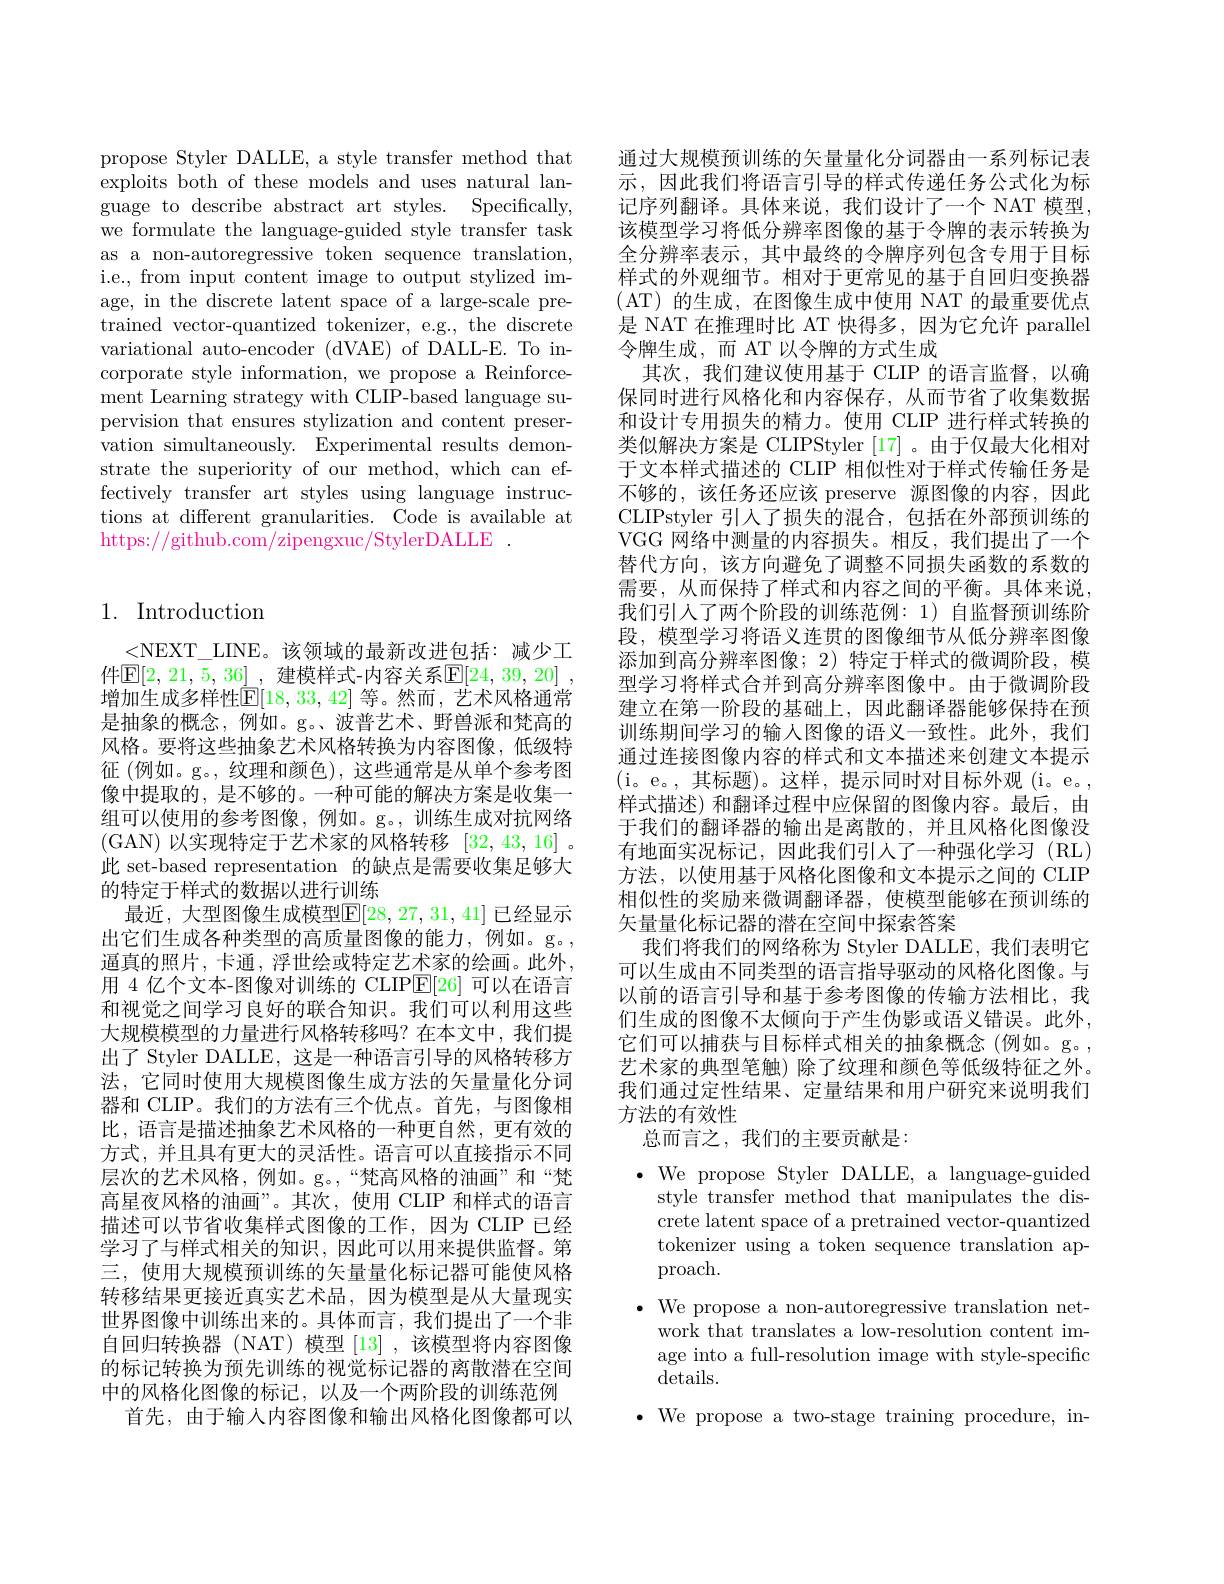
propose Styler DALLE, a style transfer method that exploits both of these models and uses natural language to describe abstract art styles. Specifically, we formulate the language-guided style transfer task as a non-autoregressive token sequence translation, i.e., from input content image to output stylized image, in the discrete latent space of a large-scale pretrained vector-quantized tokenizer, e.g., the discrete variational auto-encoder (dVAE) of DALL-E. To incorporate style information, we propose a Reinforcement Learning strategy with CLIP-based language supervision that ensures stylization and content preservation simultaneously. Experimental results demonstrate the superiority of our method, which can effectively transfer art styles using language instructions at different granularities. Code is available at https://github.com/zipengxuc/StylerDALLE

## 1. Introduction

<NEXT\_LINE。该领域的最新改进包括：减少工件$\mathbb{E}[2,21,5,36]$ ,建模样式-内容关系$\mathbb{E}[24,39,20]$ , 增加生成多样性$\mathbb{E}[18,33,42]$ 等。然而，艺术风格通常是抽象的概念，例如。g。、波普艺术、野兽派和梵高的风格。要将这些抽象艺术风格转换为内容图像，低级特征 (例如。g。, 纹理和颜色), 这些通常是从单个参考图像中提取的，是不够的。一种可能的解决方案是收集一组可以使用的参考图像，例如。g。,训练生成对抗网络(GAN)以实现特定于艺术家的风格转移[32,43,16]。此 set-based representation 的缺点是需要收集足够大的特定于样式的数据以进行训练
最近，大型图像生成模型$\mathbb{E}[28,27,31,41]$ 已经显示出它们生成各种类型的高质量图像的能力，例如。g。, 通真的照片，卡通，浮世绘或特定艺术家的绘画。此外， 用 4 亿个文本-图像对训练的 CLIP$\boxed{\mathrm{E}}[26]$可以在语言和视觉之间学习良好的联合知识。我们可以利用这些大规模模型的力量进行风格转移吗？在本文中，我们提出了 Styler DALLE, 这是一种语言引导的风格转移方法，它同时使用大规模图像生成方法的矢量量化分词器和 CLIP。我们的方法有三个优点。首先，与图像相比，语言是描述抽象艺术风格的一种更自然，更有效的方式，并且具有更大的灵活性。语言可以直接指示不同层次的艺术风格，例如。g。,“梵高风格的油画”和“梵高星夜风格的油画”。其次，使用 CLIP 和样式的语言描述可以节省收集样式图像的工作，因为 CLIP 已经学习了与样式相关的知识，因此可以用来提供监督。第三，使用大规模预训练的矢量量化标记器可能使风格转移结果更接近真实艺术品，因为模型是从大量现实世界图像中训练出来的。具体而言，我们提出了一个非自回归转换器 (NAT) 模型[13] ,该模型将内容图像的标记转换为预先训练的视觉标记器的离散潜在空间中的风格化图像的标记，以及一个两阶段的训练范例
首先，由于输入内容图像和输出风格化图像都可以

通过大规模预训练的矢量量化分词器由一系列标记表示，因此我们将语言引导的样式传递任务公式化为标记序列翻译。具体来说，我们设计了一个 NAT 模型， 该模型学习将低分辨率图像的基于令牌的表示转换为全分辨率表示，其中最终的令牌序列包含专用于目标样式的外观细节。相对于更常见的基于自回归变换器( AT) 的生成，在图像生成中使用 NAT 的最重要优点是 NAT 在推理时比 AT 快得多，因为它允许 parallel 令牌生成，而 AT 以令牌的方式生成
其次，我们建议使用基于 CLIP 的语言监督，以确保同时进行风格化和内容保存，从而节省了收集数据和设计专用损失的精力。使用 CLIP 进行样式转换的类似解决方案是 CLIPStyler [17]。由于仅最大化相对于文本样式描述的 CLIP 相似性对于样式传输任务是不够的，该任务还应该 preserve 源图像的内容，因此CLIPstyler 引人了损失的混合，包括在外部预训练的VGG 网络中测量的内容损失。相反，我们提出了一个替代方向，该方向避免了调整不同损失函数的系数的需要，从而保持了样式和内容之间的平衡。具体来说我们引人了两个阶段的训练范例：1)自监督预训练阶段，模型学习将语义连贯的图像细节从低分辨率图像添加到高分辨率图像；2) 特定于样式的微调阶段，模型学习将样式合并到高分辨率图像中。由于微调阶段建立在第一阶段的基础上，因此翻译器能够保持在预训练期间学习的输入图像的语义一致性。此外，我们通过连接图像内容的样式和文本描述来创建文本提示(i。e。,其标题)。这样，提示同时对目标外观 $( i。e。$, 样式描述) 和翻译过程中应保留的图像内容。最后，由于我们的翻译器的输出是离散的，并且风格化图像没有地面实况标记，因此我们引人了一种强化学习(RL) 方法，以使用基于风格化图像和文本提示之间的 CLIP 相似性的奖励来微调翻译器，使模型能够在预训练的矢量量化标记器的潜在空间中探索答案
我们将我们的网络称为 Styler DALLE, 我们表明它可以生成由不同类型的语言指导驱动的风格化图像。与以前的语言引导和基于参考图像的传输方法相比，我们生成的图像不太倾向于产生伪影或语义错误。此外， 它们可以捕获与目标样式相关的抽象概念(例如。g。, 艺术家的典型笔触)除了纹理和颜色等低级特征之外。我们通过定性结果、定量结果和用户研究来说明我们方法的有效性
总而言之，我们的主要贡献是：

$\bullet$ We propose Styler DALLE, a language-guided
style transfer method that manipulates the discrete latent space of a pretrained vector-quantized tokenizer using a token sequence translation approach.
$\bullet$ We propose a non-autoregressive translation net-
work that translates a low-resolution content image into a full-resolution image with style-specific details.
$\bullet$ We propose a two-stage training procedure, in-